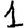
Digit: 1